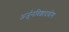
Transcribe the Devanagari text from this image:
अर्जुनविशादयोग